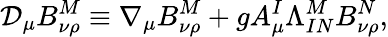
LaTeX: \mathcal{D}_{\mu}B_{\nu\rho}^{M}\equiv\nabla_{\mu}B_{\nu\rho}^{M}+gA_{\mu}^{I}\Lambda_{IN}^{M}B_{\nu\rho}^{N},